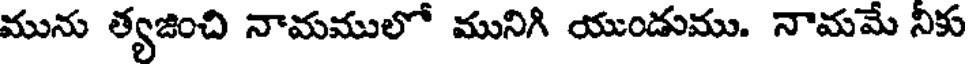
మును త్యజించి నామములో మునిగి యుండుము. నామమే నీకు